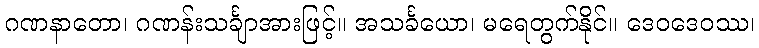
ဂဏနာတော၊ ဂဏန်းသင်္ချာအားဖြင့်။ အသင်္ခယော၊ မရေတွက်နိုင်။ ဒေဝဒေဝဿ၊